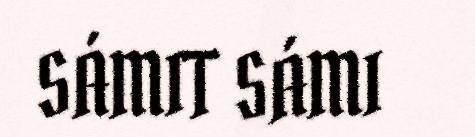
SÁMIT SÁMI